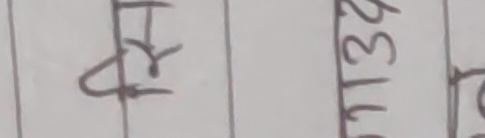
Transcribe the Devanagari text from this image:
रि 1132